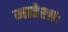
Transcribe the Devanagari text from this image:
माहेशाः